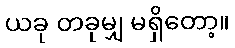
ယခု တခုမျှ မရှိတော့။